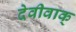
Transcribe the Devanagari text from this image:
देवीवाक्‌